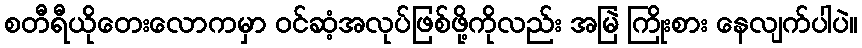
စတီရီယိုတေးလောကမှာ ဝင်ဆံ့အလုပ်ဖြစ်ဖို့ကိုလည်း အမြဲ ကြိုးစား နေလျက်ပါပဲ။